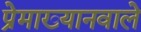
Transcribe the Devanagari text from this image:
प्रेमाख्यानवाले